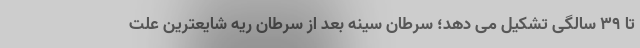
تا ۳۹ سالگی تشکیل می دهد؛ سرطان سینه بعد از سرطان ریه شایعترین علت